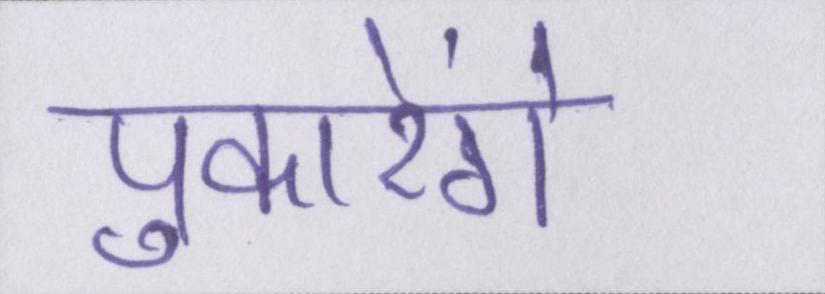
पुकारेंगे